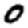
Digit: 0